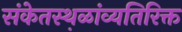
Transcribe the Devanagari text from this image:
संकेतस्थ़ळांव्यतिरिक्त